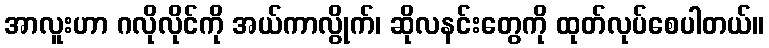
အာလူးဟာ ဂလိုလိုင်ကို အယ်ကာလွိုက်၊ ဆိုလနင်းတွေကို ထုတ်လုပ်စေပါတယ်။